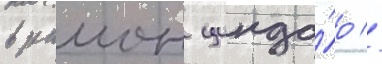
в раион цинда́о //